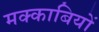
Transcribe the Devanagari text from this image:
मक्काबियों